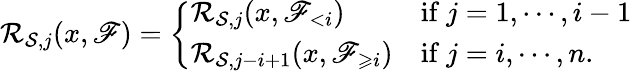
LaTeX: {\mathcal R}_{{\mathcal S},j}(x,\mathscr{F})=\left\{ \begin{array}{ll}{{\mathcal R}_{{\mathcal S},j}(x,\mathscr{F}_{<i})}&{\mathrm{if~}j=1,\cdots,i-1}\\ {{\mathcal R}_{{\mathcal S},j-i+1}(x,\mathscr{F}_{\geqslant i})}&{\mathrm{if~}j=i,\cdots,n.}\end{array}\right.